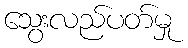
သွေးလည်ပတ်မှု